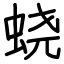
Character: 蛲